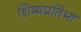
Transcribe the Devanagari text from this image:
शिष्यप्रतिभा